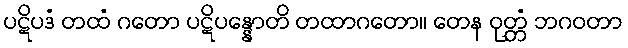
ပဋိပဒံ တထံ ဂတော ပဋိပန္နောတိ တထာဂတော။ တေန ဝုတ္တံ ဘဂဝတာ